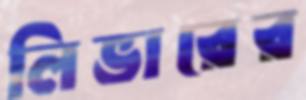
লিভারের